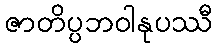
ဇာတိပ္ပဘဝါနုပဿီ